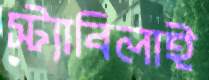
স্ট্যাবিলাই